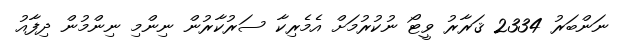
ނަންބަރު 2334 ޤަރާރު ވީޓޯ ނުކުރުމަށް އެމެރިކާ ސަރުކާރުން ނިންމި ނިންމުން ދިފާއު